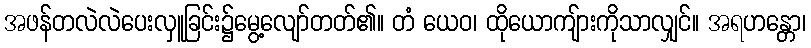
အဖန်တလဲလဲပေးလှူခြင်း၌မွေ့လျော်တတ်၏။ တံ ယေဝ၊ ထိုယောကျ်ားကိုသာလျှင်။ အရဟန္တော၊